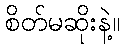
စိတ်မဆိုးနဲ့။